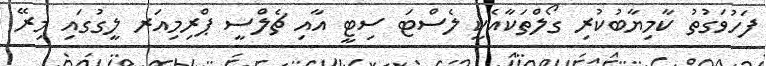
ފަހުވަގުތު ކާމިޔާބުކުރި ގޯލްތަކާއެކީ ލެސްޓަ ސިޓީ އާއި ޗެލްސީ ޕްރިމިއަރ ލީގުގައި މިރޭ